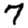
Digit: 7